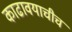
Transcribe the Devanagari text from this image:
काढावयाचीच